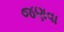
જણવા